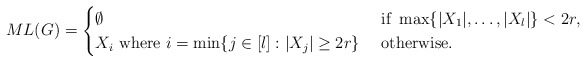
\begin{align*}ML(G)=\begin{cases}\emptyset &\textnormal{ if }\max\{|X_1|,\ldots, |X_l|\}<2r,\\X_i \textnormal{ where }i=\min \{ j\in [l]: |X_j|\geq 2r\} &\textnormal{ otherwise}.\end{cases}\end{align*}